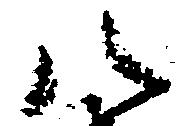
八